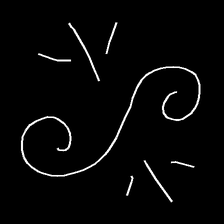
Glyph: wind-directs-air